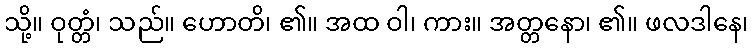
သို့။ ဝုတ္တံ၊ သည်။ ဟောတိ၊ ၏။ အထ ဝါ၊ ကား။ အတ္တနော၊ ၏။ ဖလဒါနေ၊